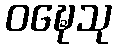
ဝဍ္ဎေသု